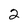
Character: 2